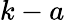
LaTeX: k-a